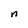
Character: n